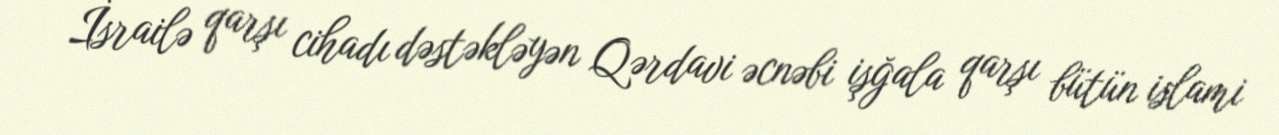
İsrailə qarşı cihadı dəstəkləyən Qərdavi əcnəbi işğala qarşı bütün islami